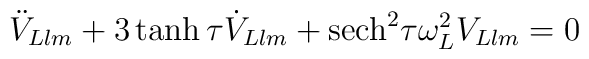
\ddot{V}_{Llm}+3 \tanh \tau \dot{V}_{Llm} + {\rm sech}^2 \tau \omega_L^2 V_{Llm}=0